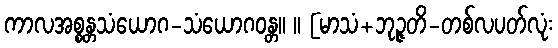
ကာလအစ္စန္တသံယောဂ-သံယောဂဝန္တ။ ။ [မာသံ+ဘုဉ္ဇတိ-တစ်လပတ်လုံး